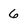
Character: 6